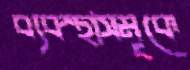
ব্যবস্থাসমূকে